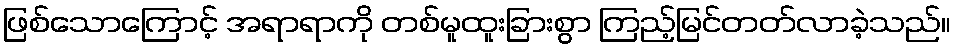
ဖြစ်သောကြောင့် အရာရာကို တစ်မူထူးခြားစွာ ကြည့်မြင်တတ်လာခဲ့သည်။